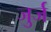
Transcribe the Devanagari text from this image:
जुर्ज